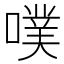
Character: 噗